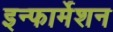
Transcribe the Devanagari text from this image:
इन्‍फार्मेशन